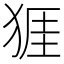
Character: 𪺾